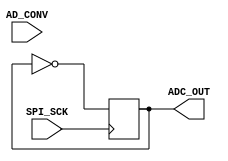
`timescale 1ns / 1ps
//////////////////////////////////////////////////////////////////////////////////
// Company: 
// Engineer: 
// 
// Design Name: 
// Module Name:    AdcLTC1407A-1-behav 
// Project Name: 
// Target Devices: 
// Tool versions: 
// Description: 
//
// Dependencies: 
//
// Revision: 
// Revision 0.01 - File Created
// Additional Comments: 
//
//////////////////////////////////////////////////////////////////////////////////
module AdcLTC1407A_1_behav
#(
	parameter LOGLEVEL=5
) (
	input SPI_SCK,
	input AD_CONV,
	output ADC_OUT
);
	
	reg value = 1'b0;
	reg value_next = 1'b0;
	always @(posedge SPI_SCK)
		value <= value_next;
	
	always @*
		value_next = ~value;
	
	assign ADC_OUT = value;

endmodule